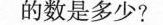
的数是多少?